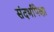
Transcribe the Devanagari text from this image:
संदर्भांपेक्षा